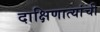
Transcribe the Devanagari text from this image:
दाक्षिणात्यांची